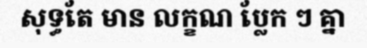
សុទ្ធតែ មាន លក្ខណ ប្លែក ៗ គ្នា